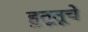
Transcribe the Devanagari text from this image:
हुतूतूचे